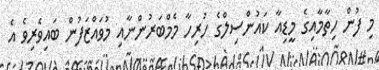
މި ފުން ހިތާމާއިގެ މީޑިއާ ކައުންސިލްގެ ހުރިހާ މެމްބަރުންނާއި މުވައްޒަފުން ބައިވެރިވެ އެ